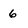
Character: 6